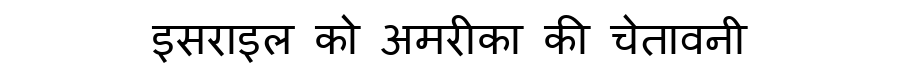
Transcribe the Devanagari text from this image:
इसराइल को अमरीका की चेतावनी